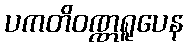
ပကတိဝဏ္ဏရူပေန